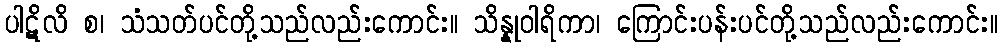
ပါဋိလိ စ၊ သံသတ်ပင်တို့သည်လည်းကောင်း။ သိန္နုဝါရိကာ၊ ကြောင်းပန်းပင်တို့သည်လည်းကောင်း။